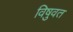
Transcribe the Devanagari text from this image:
विषुवत